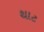
થાટ